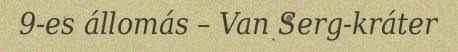
9-es állomás – Van Serg-kráter